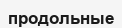
продольные